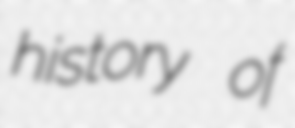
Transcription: history of